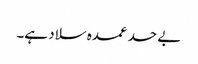
بے حد عمدہ سلاد ہے۔